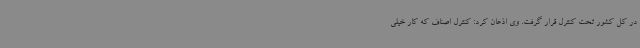
در کل کشور تحت کنترل قرار گرفت. وی اذعان کرد: کنترل اصناف که کار خیلی